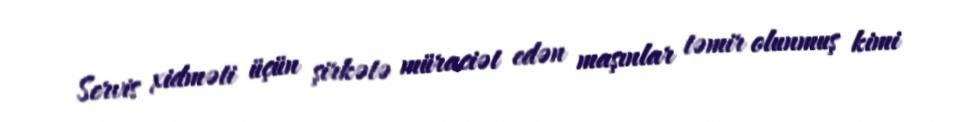
Servis xidməti üçün şirkətə müraciət edən maşınlar təmir olunmuş kimi